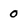
Character: 0